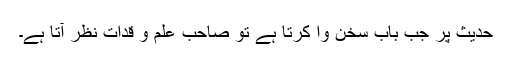
حدیث پر جب بابِ سخن وا کرتا ہے تو صاحب علم و قدات نظر آتا ہے۔